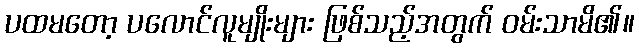
ပထမတော့ ပလောင်လူမျိုးများ ဖြစ်သည့်အတွက် ဝမ်းသာမိ၏။